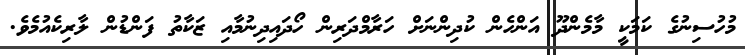
މުހުސިނުގެ ކަމަކީ މާމެންދޫ އަންހެން ކުދިންނަށް ހަރާމްދަރިން ހޯދައިދިނުމާއި ޒަކާތު ފަންޑުން ލާރިކެއުމެވެ.